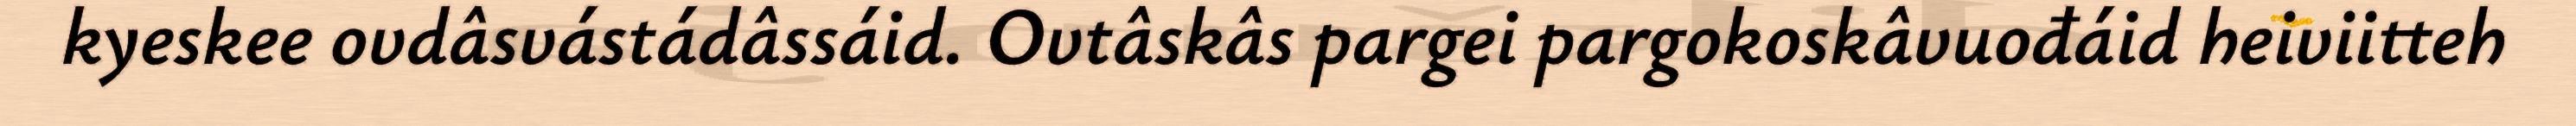
kyeskee ovdâsvástádâssáid. Ovtâskâs pargei pargokoskâvuođáid heiviitteh